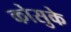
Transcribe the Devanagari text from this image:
कोसुके